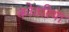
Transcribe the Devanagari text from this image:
कोठरिया